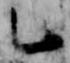
乙